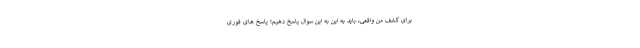
برای کشف من واقعی، باید به این به این سوال پاسخ دهیم؛ پاسخ های فوری